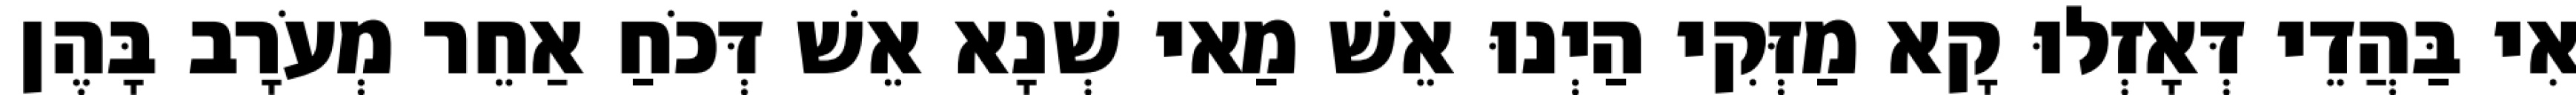
אִי בַּהֲדֵי דְּאָזְלוּ קָא מַזְּקִי הַיְנוּ אֵשׁ מַאי שְׁנָא אֵשׁ דְּכֹחַ אַחֵר מְעֹרָב בָּהֶן